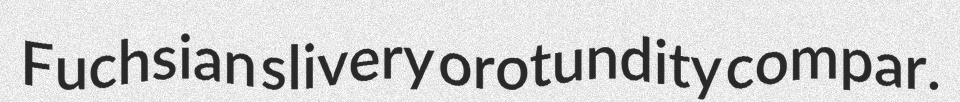
Fuchsian slivery orotundity compar.